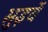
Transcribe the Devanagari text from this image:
भुइयें